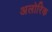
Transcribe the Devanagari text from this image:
अलोरिक